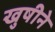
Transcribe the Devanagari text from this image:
खुषीने